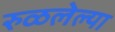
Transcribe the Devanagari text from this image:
रुळलेल्या